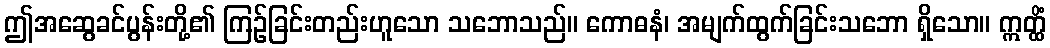
ဤအဆွေခင်ပွန်းတို့၏ ကြဉ်ခြင်းတည်းဟူသော သဘောသည်။ ကောဓနံ၊ အမျက်ထွက်ခြင်းသဘော ရှိသော။ ဣတ္ထိံ